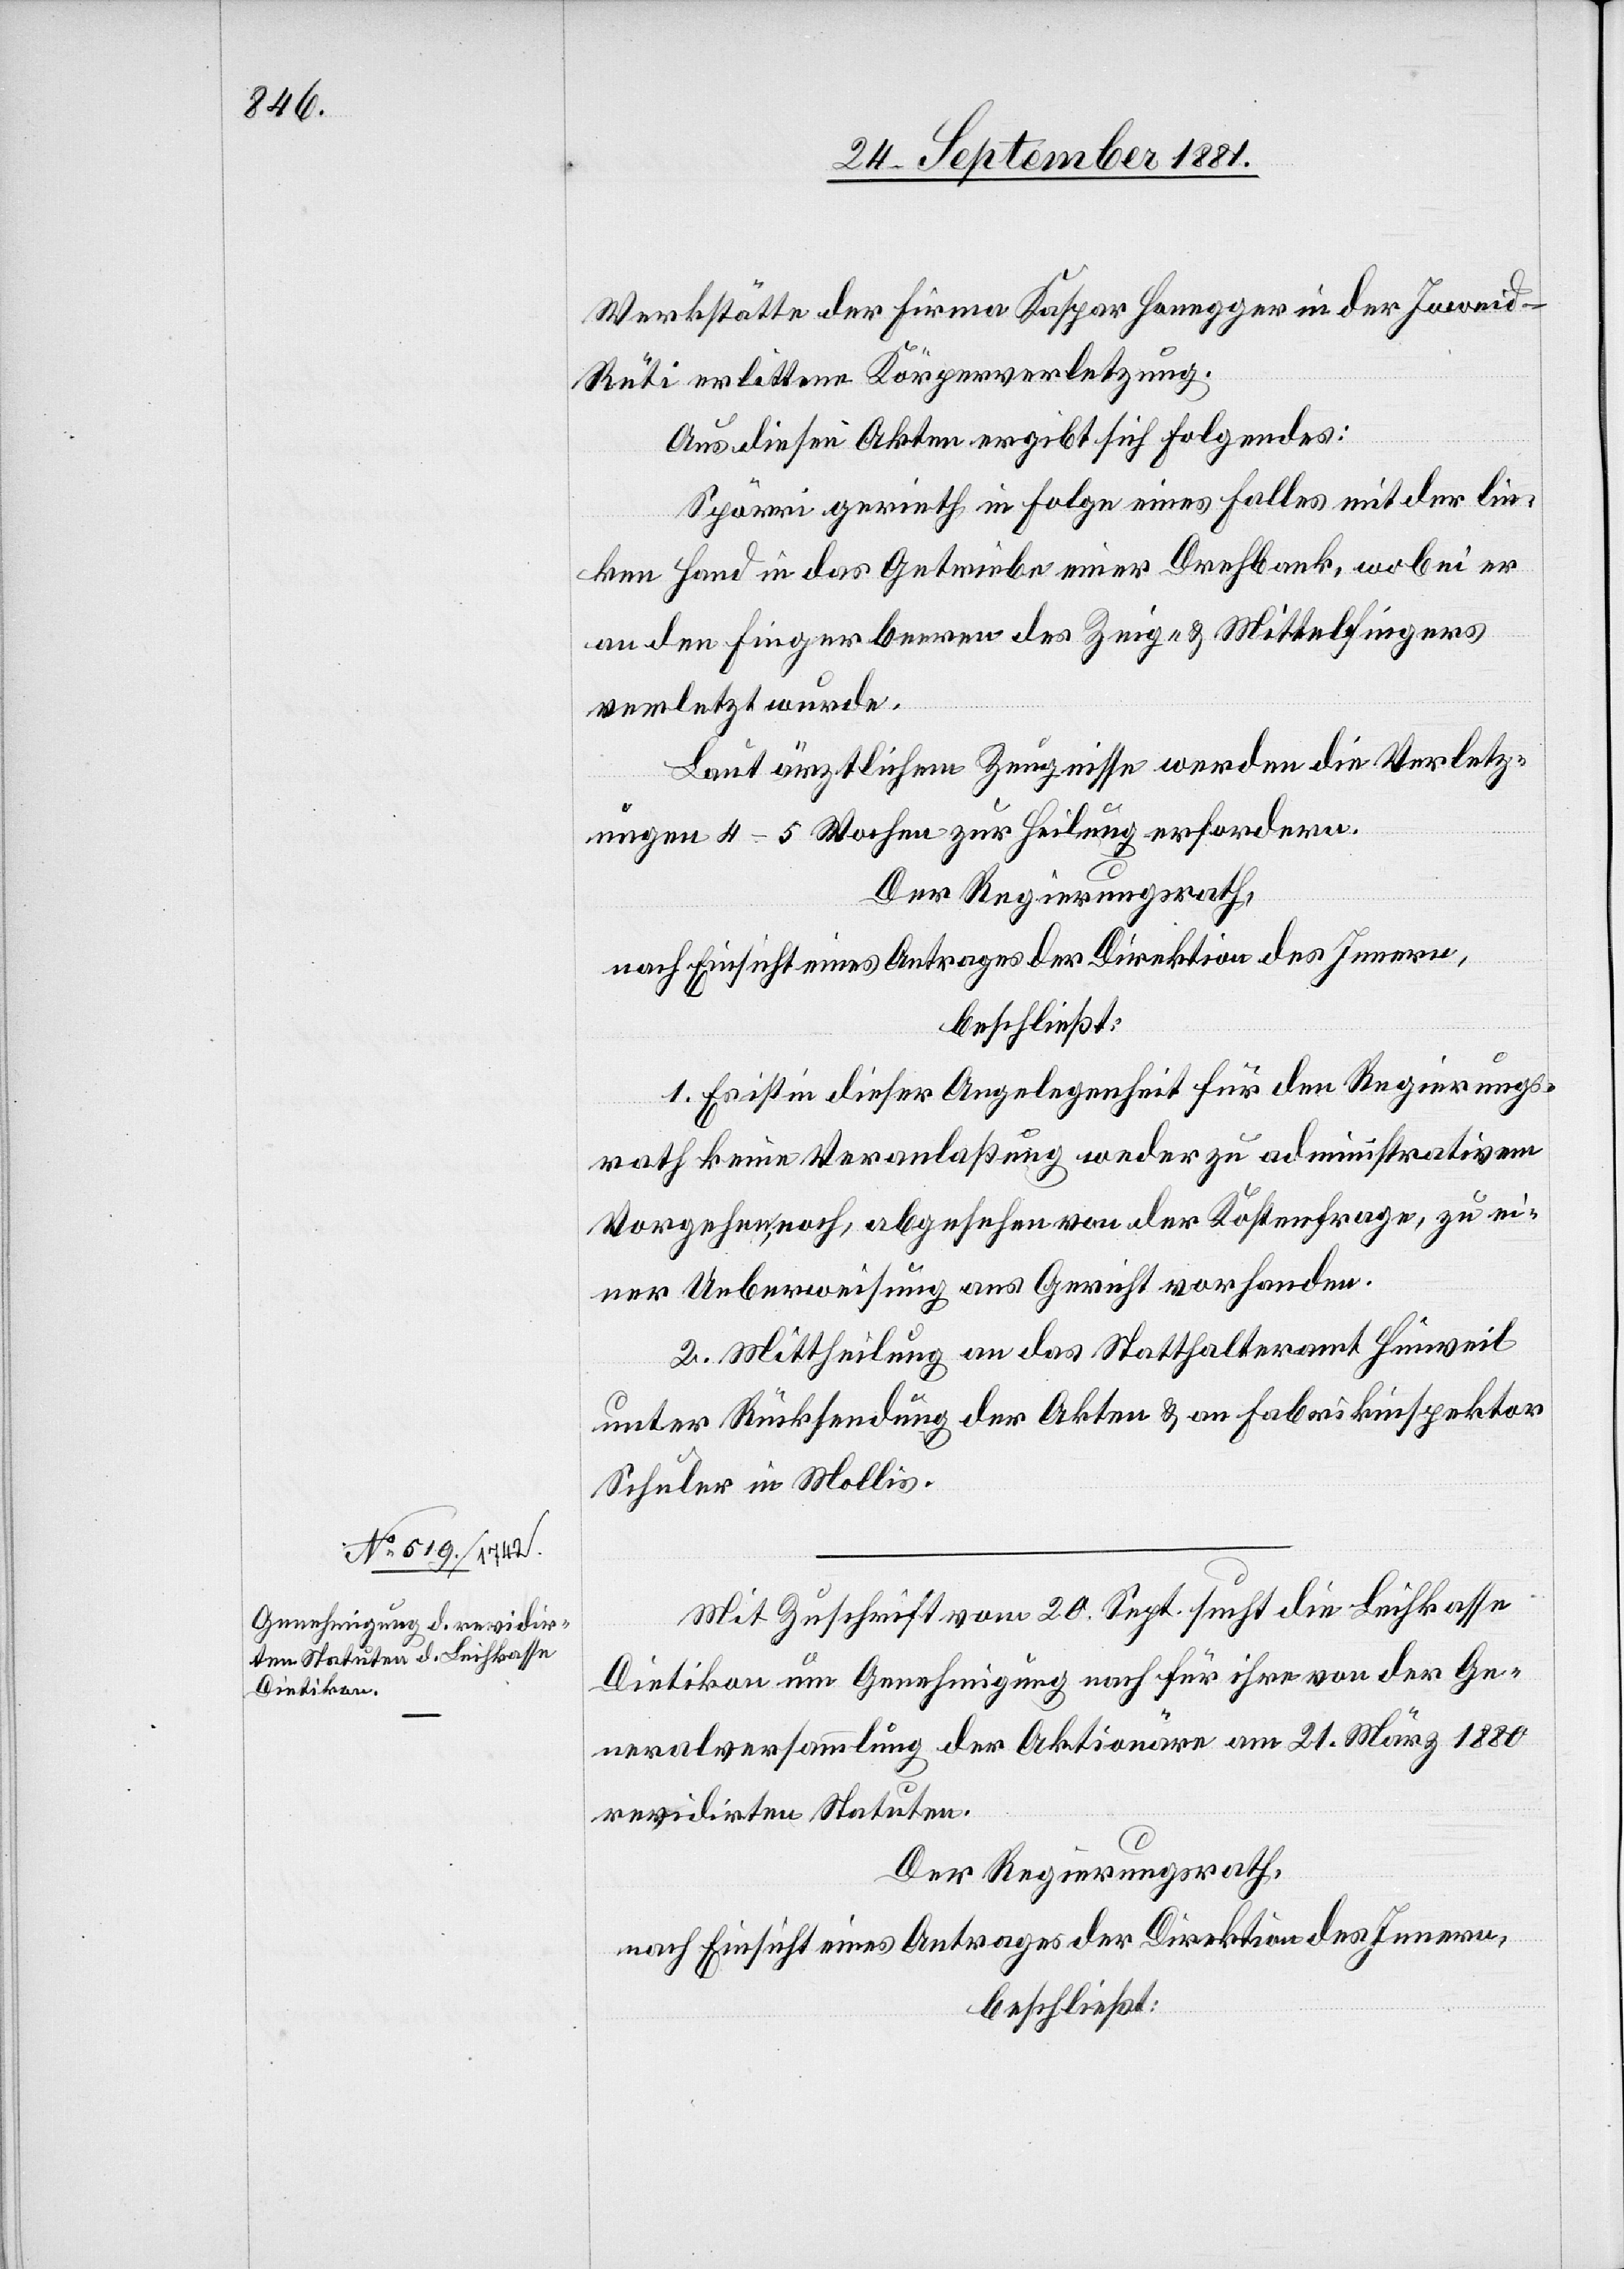
Werkstätte der Firma Kaspar Honegger in der Joweid -
Rüti erlittene Körperverletzung.
Aus diesen Akten ergibt sich Folgendes:
Spörri gerieth in Folge eines Falles mit der lin¬
ken Hand in das Getriebe einer Drehbank, wobei er
an den Fingerbeeren des Zeig- & Mittelfingers
verletzt wurde.
Laut ärztlichem Zeugnisse werden die Verletz¬
ungen 4–5 Wochen zur Heilung erfordern.
Der Regierungsrath,
nach Einsicht eines Antrages der Direktion des Innern,
beschließt:
1. Es ist in dieser Angelegenheit für der Regierungs¬
rath keine Veranlaßung weder zu administrativem
Vorgehen, noch, abgesehen von der Kostenfrage, zu ei¬
ner Ueberweisung ans Gericht vorhanden.
2. Mittheilung an das Statthalteramt Hinweil
unter Rücksendung der Akten & an Fabrikinspektor
Schuler in Mollis.
Mit Zuschrift vom 20. Sept. sucht die Leihkasse
Dietikon um Genehmigung nach für ihre von der Ge¬
neralversammlung der Aktionäre am 21. März 1880
revidirten Statuten.
Der Regierungsrath,
nach Einsicht eines Antrages der Direktion des Innern,
beschließt: